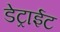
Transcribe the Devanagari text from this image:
डेट्राईट